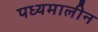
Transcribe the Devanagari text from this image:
पध्यमालीन